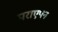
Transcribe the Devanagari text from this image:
पराएपन